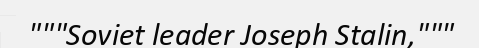
"""Soviet leader Joseph Stalin,"""